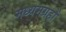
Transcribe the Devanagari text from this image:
मध्यमग्रहों